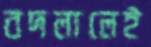
বদলালেই